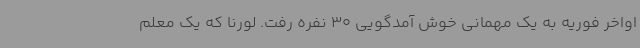
اواخر فوریه به یک مهمانی خوش آمدگویی 30 نفره رفت. لورنا که یک معلم